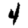
Digit: 4